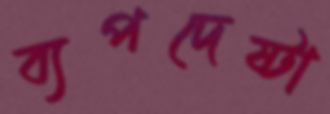
ব্যপদেষ্টা